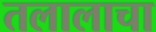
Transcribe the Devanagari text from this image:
तलालाचा